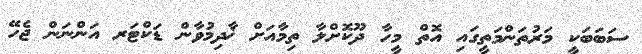
ސަބަބަކީ މަރުތަންމަތީގައި އޮތް މީހާ ދޫކޮށްލާ ތިމާއަށް ޚާދިމުވާން ޑަކްޓަރ އަންނަން ޖެހޭ